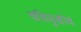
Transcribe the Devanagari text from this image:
वसियुकोव